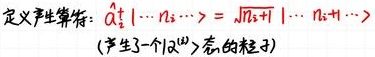
定义产生算符: $\hat { a } _ { s } ^ { + } | \cdots n _ { s } \cdots \rangle = \sqrt { n _ { s } + 1 } | \cdots n _ { s } + 1 \cdots \rangle$
（产生了一个 $| \alpha ^ { ( s ) } \rangle$ 态的粒子）